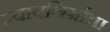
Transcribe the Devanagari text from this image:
न्यायनिर्माता